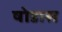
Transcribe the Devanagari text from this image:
षोडास